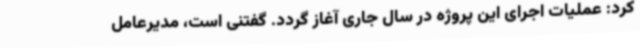
کرد: عملیات اجرای این پروژه در سال جاری آغاز گردد. گفتنی است، مدیرعامل